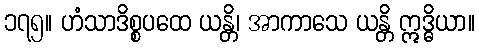
၁၇၅။ ဟံသာဒိစ္စပထေ ယန္တိ၊ အာကာသေ ယန္တိ ဣဒ္ဓိယာ။